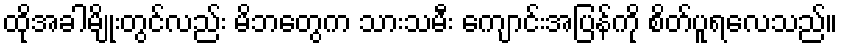
ထိုအခါမျိုးတွင်လည်း မိဘတွေက သားသမီး ကျောင်းအပြန်ကို စိတ်ပူရလေသည်။